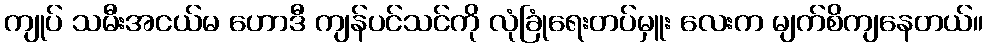
ကျုပ် သမီးအငယ်မ ဟောဒီ ကျန်ပင်သင်ကို လုံခြုံရေးတပ်မှူး လေးက မျက်စိကျနေတယ်။